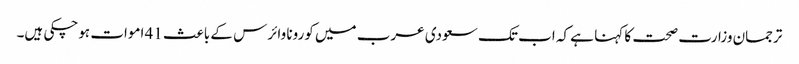
ترجمان وزارت صحت کا کہنا ہے کہ اب تک سعودی عرب میں کورونا وائرس کے باعث 41 اموات ہوچکی ہیں۔